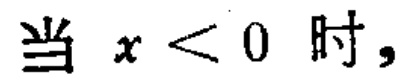
当 \(x < 0\) 时，